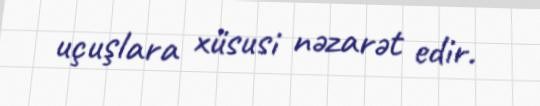
uçuşlara xüsusi nəzarət edir.